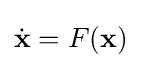
{\dot {\mathbf {x} }}=F(\mathbf {x} )